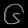
Digit: ၆